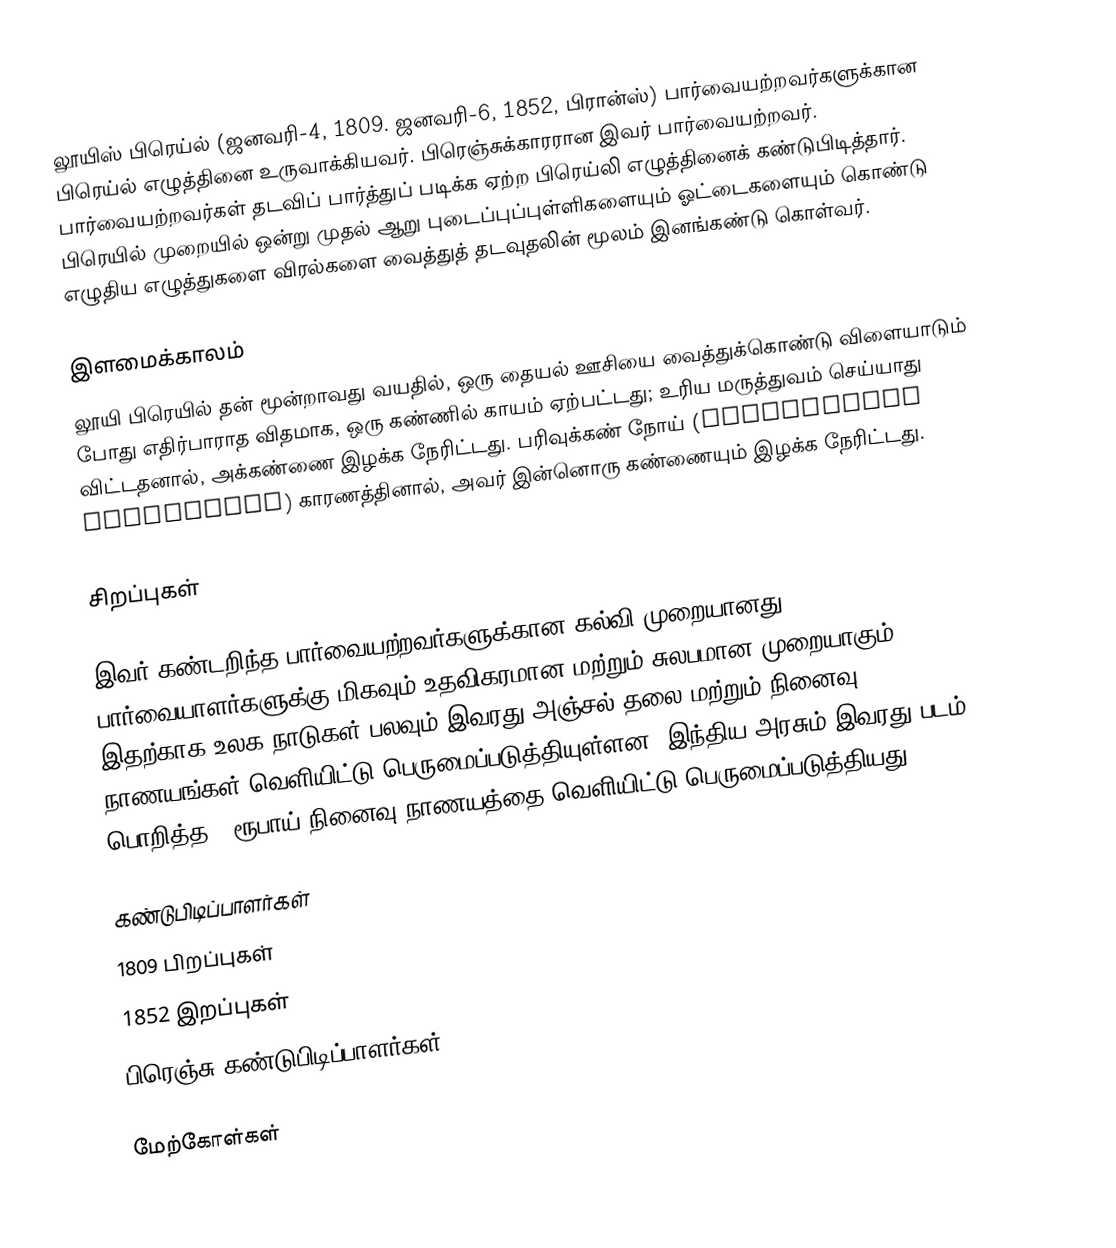
லூயிஸ் பிரெய்ல் (ஜனவரி-4, 1809.  ஜனவரி-6, 1852, பிரான்ஸ்) பார்வையற்றவர்களுக்கான பிரெய்ல் எழுத்தினை உருவாக்கியவர். பிரெஞ்சுக்காரரான இவர் பார்வையற்றவர். பார்வையற்றவர்கள் தடவிப் பார்த்துப் படிக்க ஏற்ற பிரெய்லி எழுத்தினைக் கண்டுபிடித்தார். பிரெயில் முறையில் ஒன்று முதல் ஆறு புடைப்புப்புள்ளிகளையும் ஓட்டைகளையும் கொண்டு எழுதிய எழுத்துகளை விரல்களை வைத்துத் தடவுதலின் மூலம் இனங்கண்டு கொள்வர்.

இளமைக்காலம்
லூயி பிரெயில் தன் மூன்றாவது வயதில், ஒரு தையல் ஊசியை வைத்துக்கொண்டு விளையாடும் போது எதிர்பாராத விதமாக, ஒரு கண்ணில் காயம் ஏற்பட்டது; உரிய மருத்துவம் செய்யாது விட்டதனால், அக்கண்ணை இழக்க நேரிட்டது. பரிவுக்கண் நோய் (sympathetic ophthalmia) காரணத்தினால், அவர் இன்னொரு கண்ணையும் இழக்க நேரிட்டது.

சிறப்புகள்

இவர் கண்டறிந்த பார்வையற்றவர்களுக்கான கல்வி முறையானது, பார்வையாளர்களுக்கு மிகவும் உதவிகரமான மற்றும் சுலபமான முறையாகும். இதற்காக உலக நாடுகள் பலவும் இவரது அஞ்சல் தலை மற்றும் நினைவு நாணயங்கள் வெளியிட்டு பெருமைப்படுத்தியுள்ளன. இந்திய அரசும் இவரது படம் பொறித்த 2 ரூபாய் நினைவு நாணயத்தை வெளியிட்டு பெருமைப்படுத்தியது.

கண்டுபிடிப்பாளர்கள்
1809 பிறப்புகள்
1852 இறப்புகள்
பிரெஞ்சு கண்டுபிடிப்பாளர்கள்

மேற்கோள்கள்